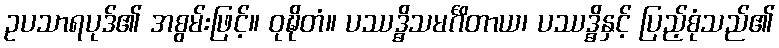
ဥပသာရပုဒ်၏ အစွမ်းဖြင့်။ ဝုဍ္ဎိတံ။ ပဿဒ္ဓိသမင်္ဂိတာယ၊ ပဿဒ္ဓိနှင့် ပြည့်စုံသည်၏